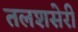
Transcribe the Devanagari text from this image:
तलशसेरी